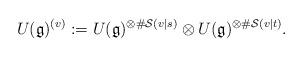
LaTeX: \begin{align*}U(\mathfrak{g})^{(v)}:=U(\mathfrak{g})^{\otimes\#\mathcal{S}(v|s)}\otimes U(\mathfrak{g})^{\otimes\#\mathcal{S}(v|t)}.\end{align*}